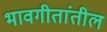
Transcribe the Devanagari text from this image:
भावगीतांतील